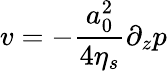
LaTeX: v=-\frac{a_{0}^{2}}{4\eta_{s}}\partial_{z}p